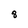
Character: 8